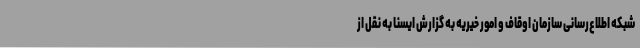
شبکه اطلاع‌رسانی سازمان اوقاف و امور خیریه به گزارش ایسنا به نقل از